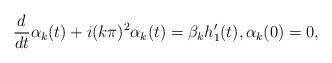
LaTeX: \begin{align*}\frac{d}{dt}\alpha _k (t) + i (k\pi )^2 \alpha _k (t) = \beta_kh'_1 (t), \alpha _k (0)=0,\end{align*}